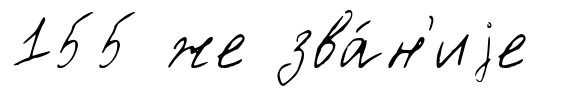
155 же зва́н'иjе